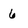
Character: 6